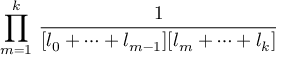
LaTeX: \prod _ { m = 1 } ^ { k } \, \frac 1 { [ l _ { 0 } + \cdots + l _ { m - 1 } ] [ l _ { m } + \cdots + l _ { k } ] }